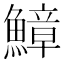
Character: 鱆